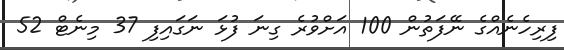
ފިރިހެނެއްގެ ނޭފަތުން 100 އަށްވުރެ ގިނަ ފުޅަ ނަގައިފި 37 މިނެޓް 52